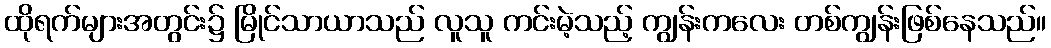
ထိုရက်များအတွင်း၌ မြိုင်သာယာသည် လူသူ ကင်းမဲ့သည့် ကျွန်းကလေး တစ်ကျွန်းဖြစ်နေသည်။